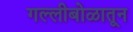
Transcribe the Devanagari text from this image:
गल्लीबोळातून